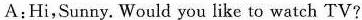
A:Hi,Sunny. Would you like to watch TV?